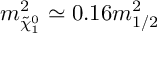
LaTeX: m _ { \tilde { \chi } _ { 1 } ^ { 0 } } ^ { 2 } \simeq 0 . 1 6 m _ { 1 / 2 } ^ { 2 }